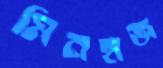
মিনহাজ